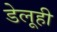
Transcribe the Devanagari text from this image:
डेलूही